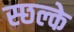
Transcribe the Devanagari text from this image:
स्छल्के